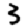
Digit: 3